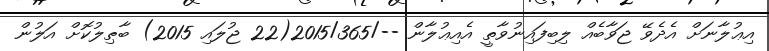
އިޢުލާނަށް އެދެވޭ ޖަވާބެއް ލިބިފައިނުވާތީ އެއިޢުލާން --/2015/365(22 ޖުލައި 2015) ބާޠިލުކޮށް އަލުން